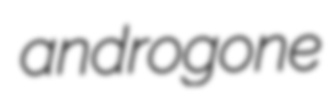
androgone